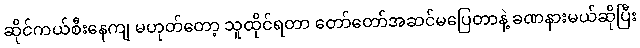
ဆိုင်ကယ်စီးနေကျ မဟုတ်တော့ သူထိုင်ရတာ တော်တော်အဆင်မပြေတာနဲ့ ခဏနားမယ်ဆိုပြီး